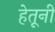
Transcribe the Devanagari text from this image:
हेतूनी